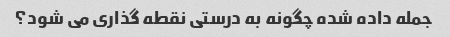
جمله داده شده چگونه به درستی نقطه گذاری می شود؟